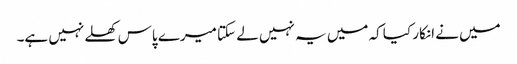
میں نے انکار کیا کہ میں یہ نہیں لے سکتا میرے پاس کھلے نہیں ہے۔